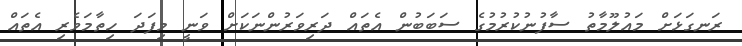
ރަނގަޅަށް މައުލޫމާތު ސާފުނުކުރުމުގެ ސަބަބުން އެތައް ދަރިވަރުންނަކަށް ވަނީ މިފަދަ ހިތާމަވެރި އެތައް